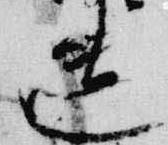
遺